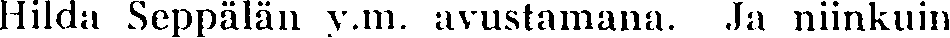
Hilda Seppälän y.m. avustamana. Ja niinkuin